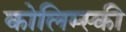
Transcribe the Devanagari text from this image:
कोलिम्स्की